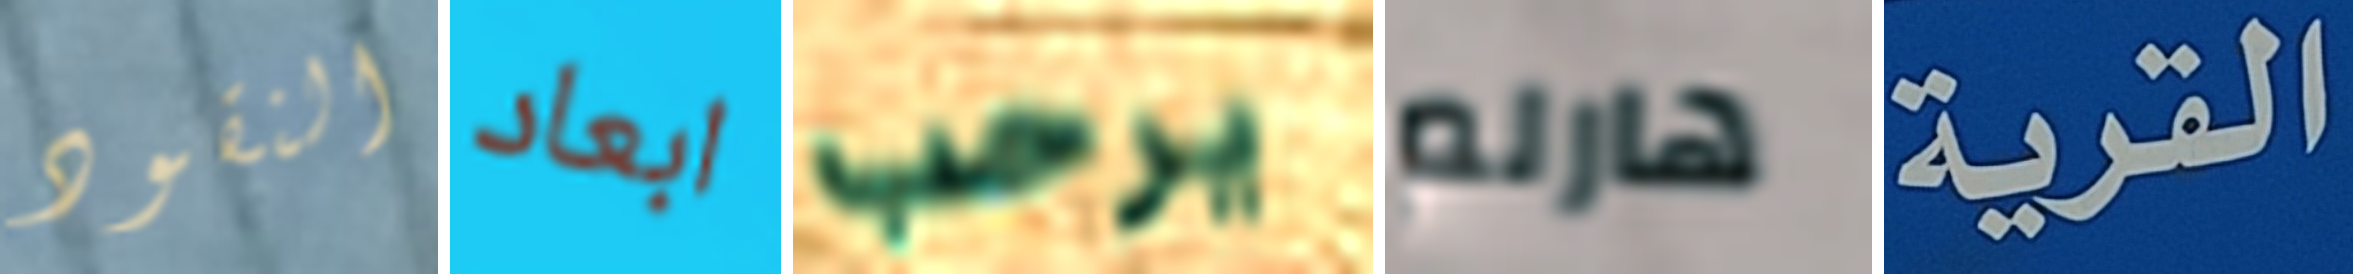
النقود ابعاد يرحب هارلم القرية